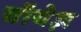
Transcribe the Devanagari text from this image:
चॉयेज़